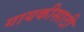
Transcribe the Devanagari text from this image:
गायकीसाठी